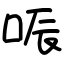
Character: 㖘